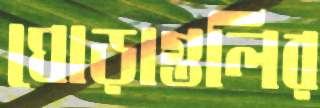
ঘোড়াগুলির